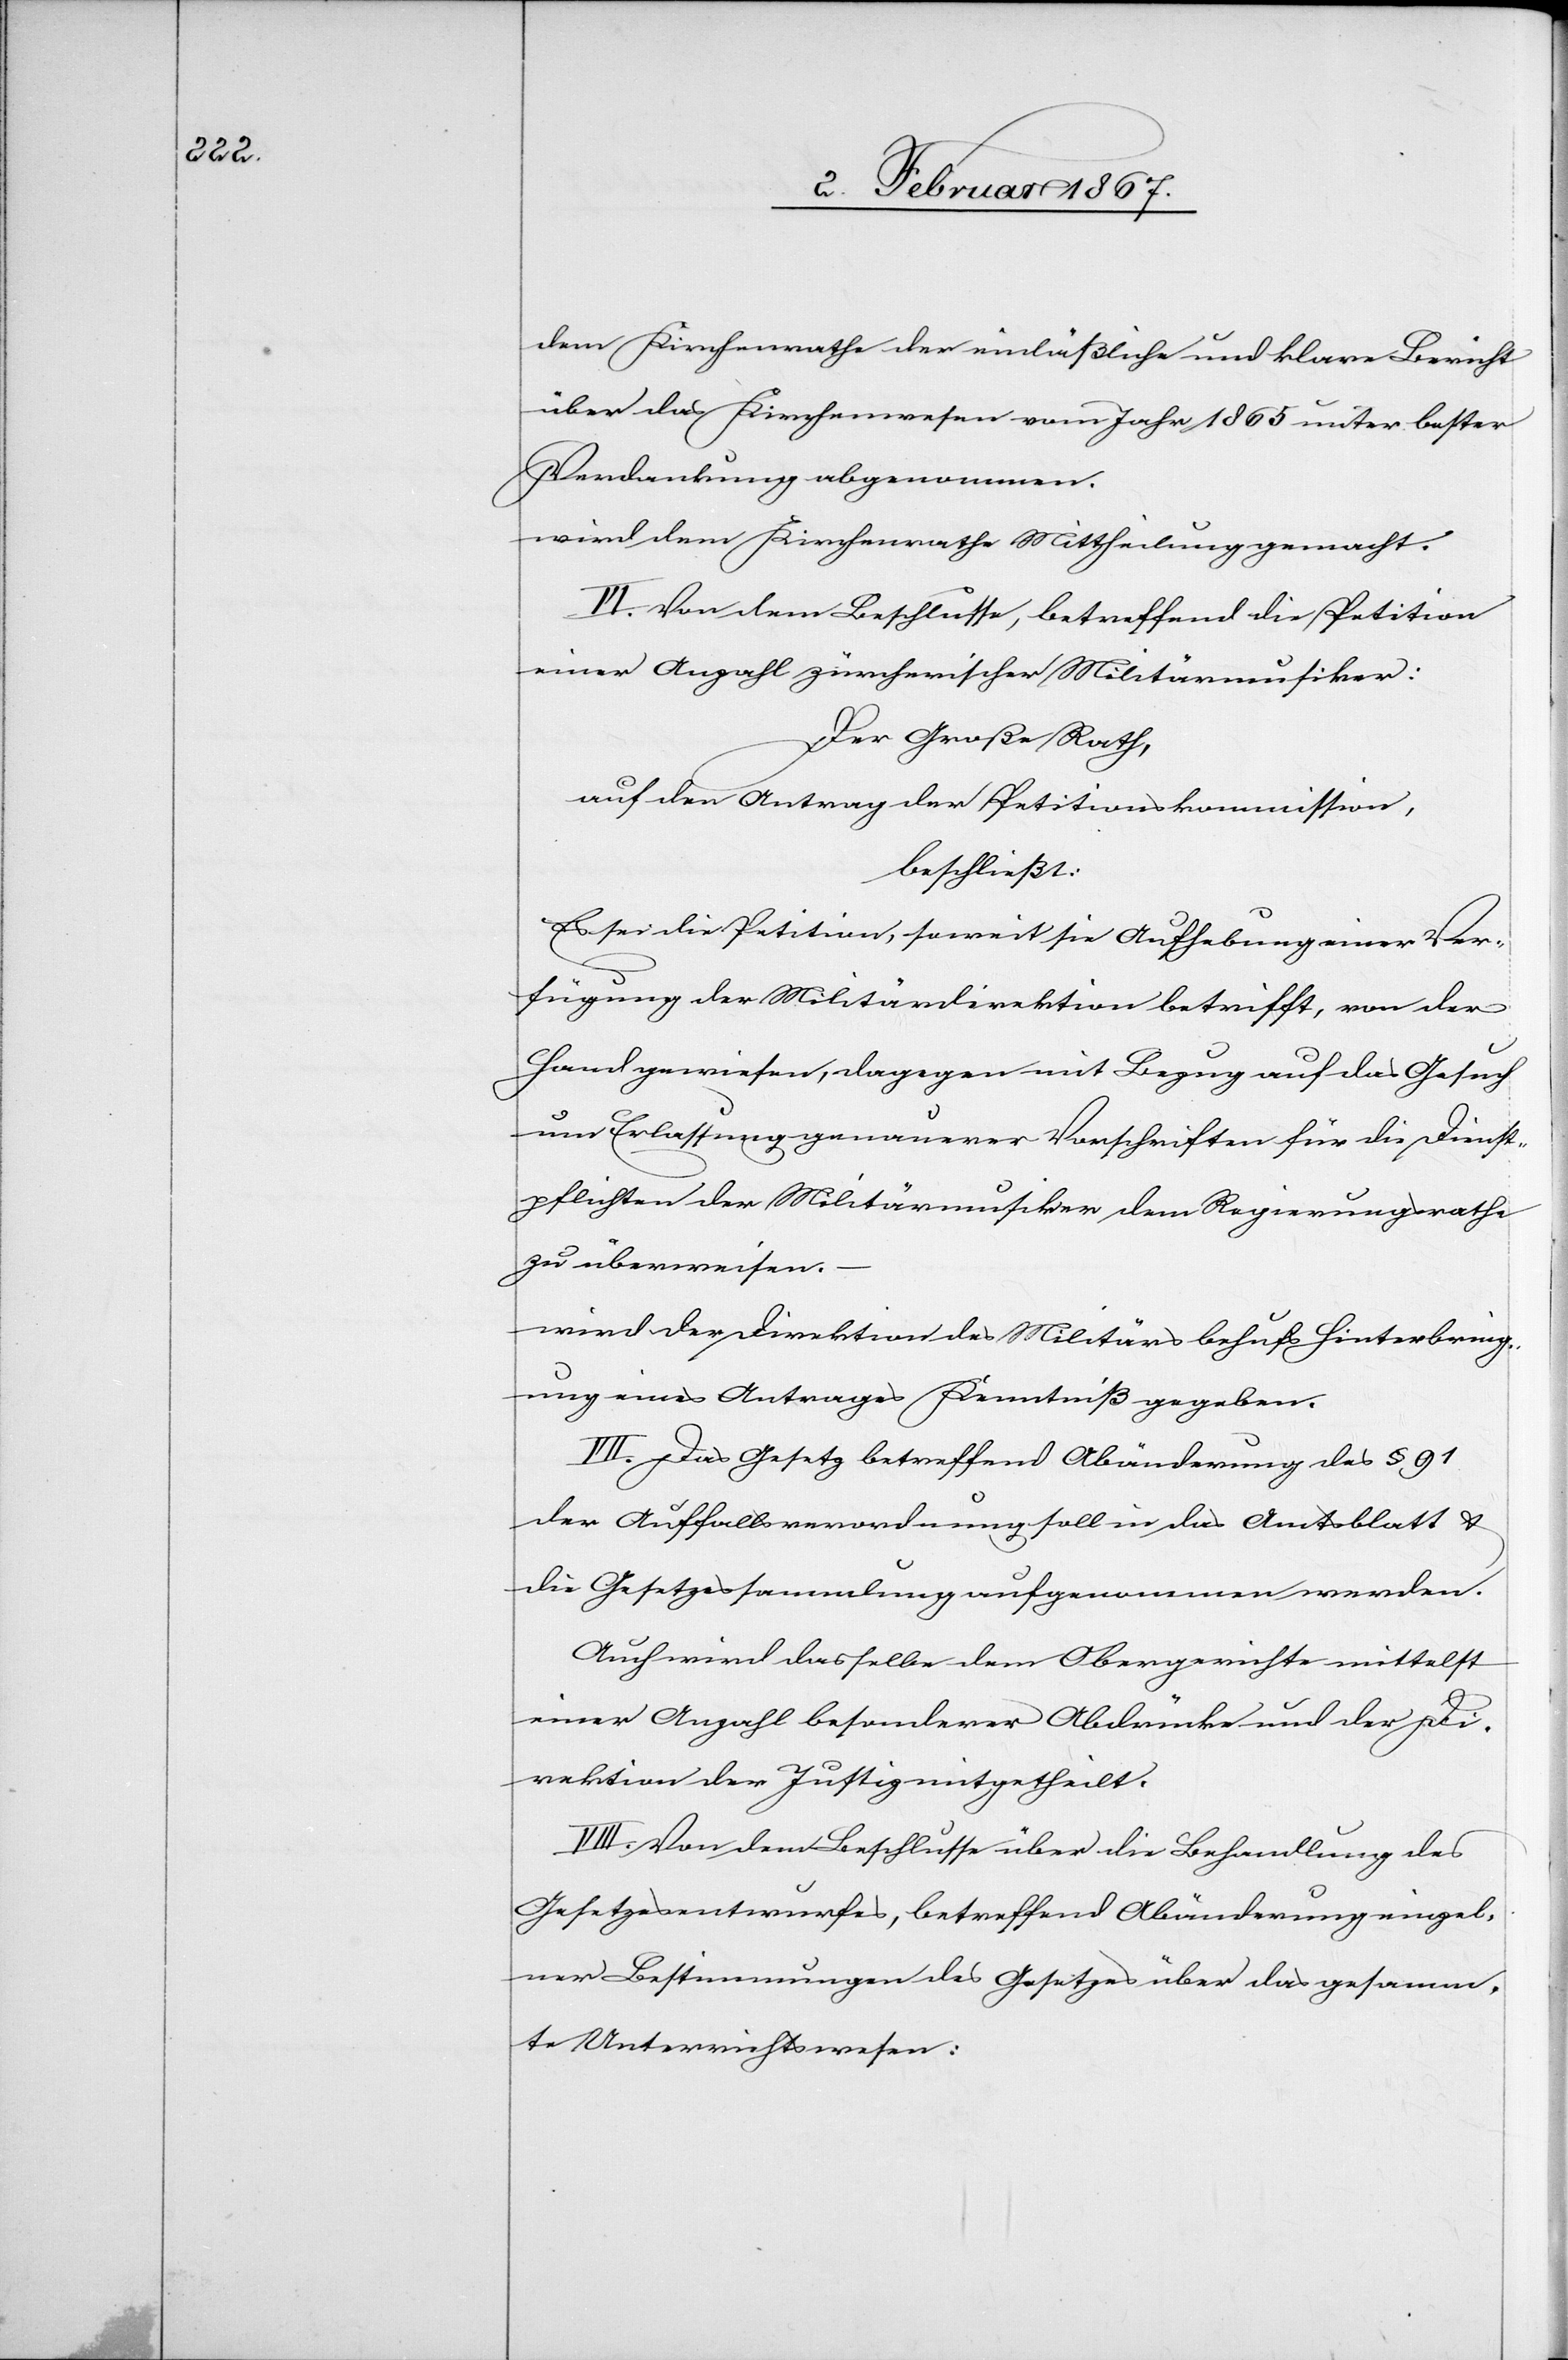
dem Kirchenrathe der einläßliche und klare Bericht
über das Kirchenwesen vom Jahr 1865 unter bester
Verdankung abgenommen.
wird dem Kirchenrathe Mittheilung gemacht.
VI. Von dem Beschlusse, betreffend die Petition
einer Anzahl zürcherischer Militärmusiker:
Der Große Rath,
auf den Antrag der Petitionskommission,
beschließt:
Es sei die Petition, soweit sie Aufhebung einer Ver¬
fügung der Militärdirektion betrifft, von der
Hand gewiesen, dagegen mit Bezug auf das Gesuch
um Erlassung genauerer Vorschriften für die Dienst¬
pflichten der Militärmusiker dem Regierungsrathe
zu überweisen.
wird der Direktion des Militärs behufs Hinterbring¬
ung eines Antrages Kenntniß gegeben.
VII. Das Gesetz betreffend Abänderung des § 91
der Auffallsverordnung soll in das Amtsblatt &
die Gesetzessammlung aufgenommen werden.
Auch wird dasselbe dem Obergerichte mittelst
einer Anzahl besonderer Abdrücke und der Di¬
rektion der Justiz mitgetheilt.
VIII. Von dem Beschlusse über die Behandlung des
Gesetzesentwurfes, betreffend Abänderung einzel¬
ner Bestimmungen des Gesetzes über das gesamm¬
te Unterrichtswesen: